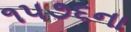
૧૫૭૬ના